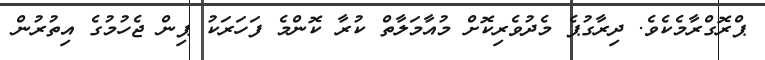
ޕްރޮގްރާމެކެވެ. ދިރާގުޕެ މެދުވެރިކޮށް މުއާމަލާތް ކުރާ ކޮންމެ ފަހަރަކު ޕިން ޖެހުމުގެ އިތުރުން